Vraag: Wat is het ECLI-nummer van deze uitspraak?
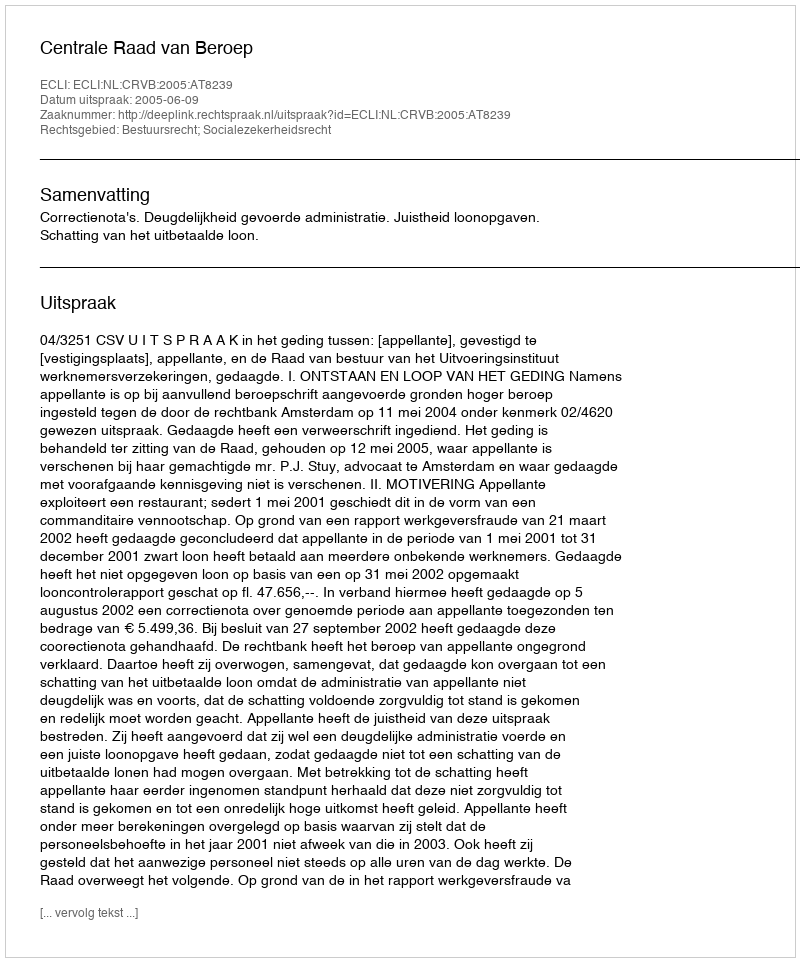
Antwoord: ECLI:NL:CRVB:2005:AT8239